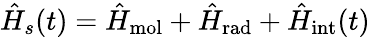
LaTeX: \hat{H}_{s}(t)=\hat{H}_{\mathrm{mol}}+\hat{H}_{\mathrm{rad}}+\hat{H}_{\mathrm{int}}(t)